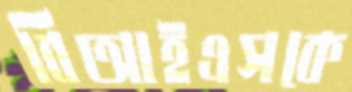
বিআইএসকে